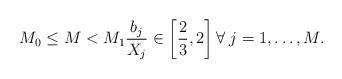
LaTeX: \begin{align*}M_0 \leq M < M_1 \frac{b_j}{X_j} \in \left[\frac{2}{3}, 2\right] \forall \; j=1,\ldots,M.\end{align*}